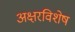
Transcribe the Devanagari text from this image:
अक्षरविशेष